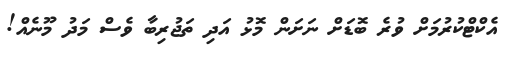
އެކްޓްކުރުމަށް ވުރެ ބޮޑަށް ނަށަން މޮޅު އަދި ތަޖުރިބާ ވެސް މަދު މޫނެއް!